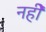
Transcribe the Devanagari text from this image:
नहीें